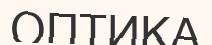
ОПТИКА